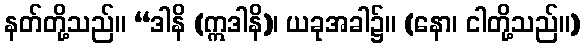
နတ်တို့သည်။ “ဒါနိ (ဣဒါနိ)၊ ယခုအခါ၌။ (နော၊ ငါတို့သည်။)